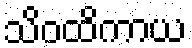
သိဝထိကာယ